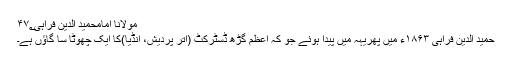
مولانا امامحمید الدین فراہی۴۷؂
حمید الدین فراہی ۱۸۶۳ء میں پھریہہ میں پیدا ہوئے جو کہ اعظم گڑھ ڈسٹرکٹ (اتر پردیش، انڈیا)کا ایک چھوٹا سا گاؤں ہے۔